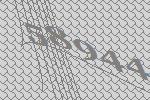
58944